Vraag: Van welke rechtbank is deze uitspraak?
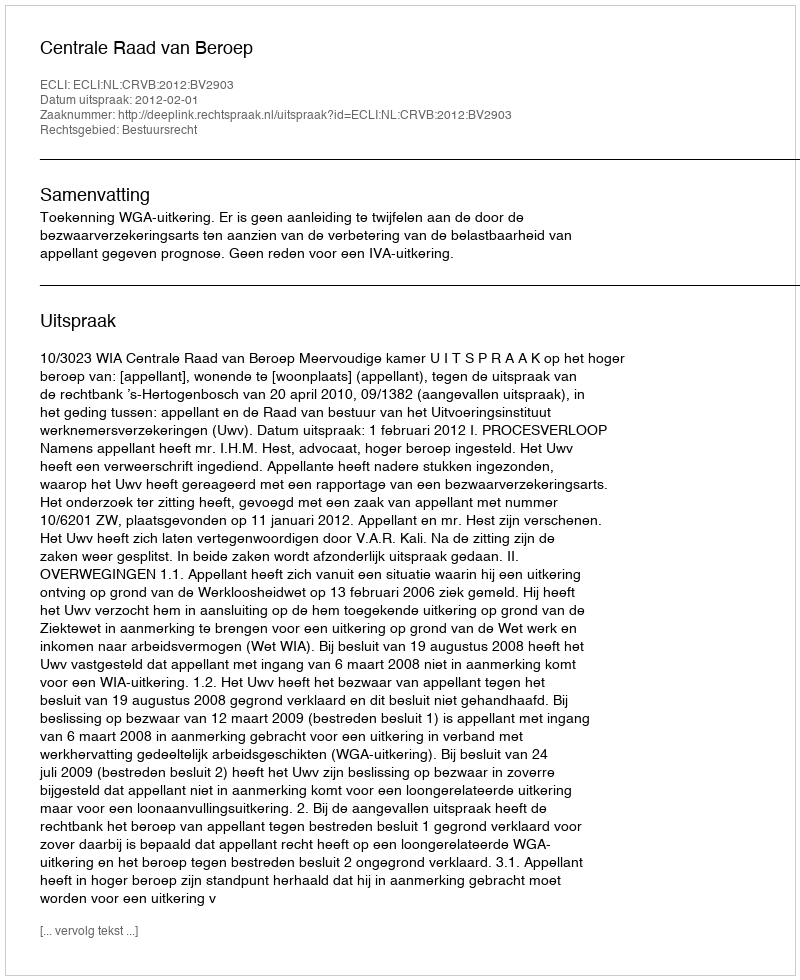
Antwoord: Centrale Raad van Beroep